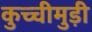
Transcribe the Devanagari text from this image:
कुच्चीमुड़ी